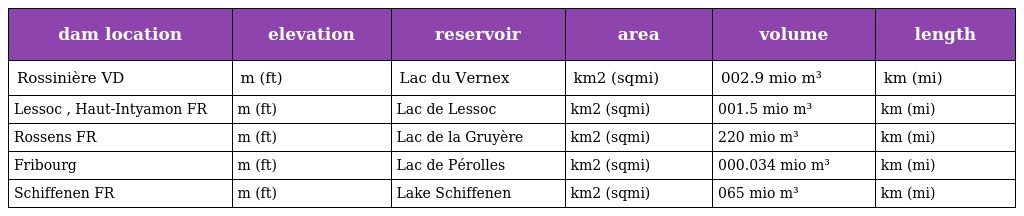
| dam location | elevation | reservoir | area | volume | length |
 | --- | --- | --- | --- | --- | --- |
 | Rossinière VD | m (ft) | Lac du Vernex | km2 (sqmi) | 002.9 mio m³ | km (mi) |
 | Lessoc , Haut-Intyamon FR | m (ft) | Lac de Lessoc | km2 (sqmi) | 001.5 mio m³ | km (mi) |
 | Rossens FR | m (ft) | Lac de la Gruyère | km2 (sqmi) | 220 mio m³ | km (mi) |
 | Fribourg | m (ft) | Lac de Pérolles | km2 (sqmi) | 000.034 mio m³ | km (mi) |
 | Schiffenen FR | m (ft) | Lake Schiffenen | km2 (sqmi) | 065 mio m³ | km (mi) |